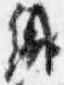
織